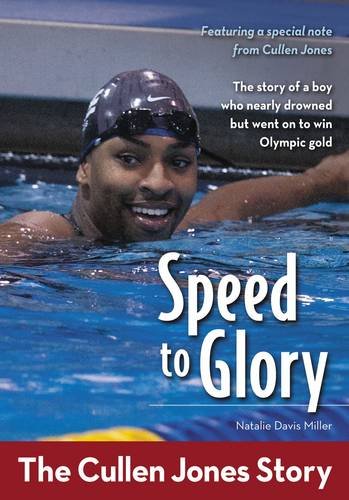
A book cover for Speed to Glory: The Cullen Jones Story (ZonderKidz Biography); Natalie Davis Miller; Children's Books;